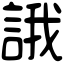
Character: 誐